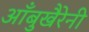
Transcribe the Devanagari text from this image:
आँबुखैरेनी